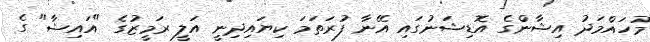
މުހައްމަދު އިޝާންގެ އޮޑިޝަނުގައި އޭނާ ފުރަތަމަ ކިޔައިދިނީ އަލީ ރަމީޒުގެ "އައިޝާ" ގެ